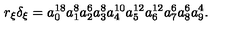
r _ { \xi } \delta _ { \xi } = a _ { 0 } ^ { 1 8 } a _ { 1 } ^ { 8 } a _ { 2 } ^ { 6 } a _ { 3 } ^ { 8 } a _ { 4 } ^ { 1 0 } a _ { 5 } ^ { 1 2 } a _ { 6 } ^ { 1 2 } a _ { 7 } ^ { 6 } a _ { 8 } ^ { 6 } a _ { 9 } ^ { 4 } .